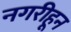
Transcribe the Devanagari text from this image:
नगरीहून